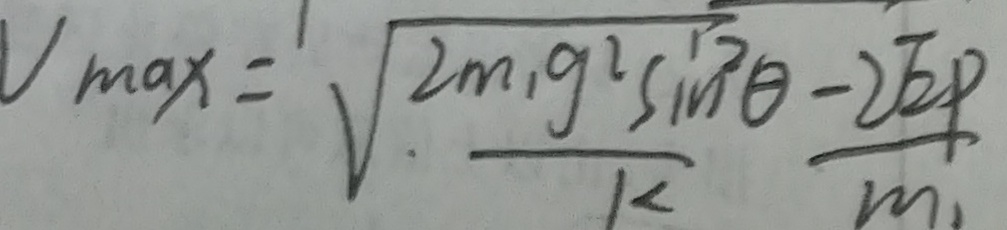
V \max = \sqrt { \frac { 2 m _ { 1 } g ^ { 2 } \sin ^ { 2 } \theta } { k } } \frac { - 2 \sqrt { 2 } P } { m _ { 1 } }